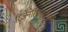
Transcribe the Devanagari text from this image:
रिजेनेरियरस्टेशन